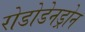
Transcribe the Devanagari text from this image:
रोडोडेनड्रोन